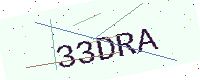
Text: 33DRA